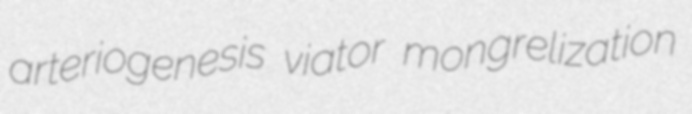
arteriogenesis viator mongrelization